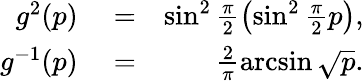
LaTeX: \begin{array}{rlr}{g^{2}(p)}&{{}=}&{\sin^{2}\frac{\pi}{2}\left(\sin^{2}\frac{\pi}{2}p\right),}\\ {g^{-1}(p)}&{{}=}&{\frac{2}{\pi}\arcsin\sqrt{p}.}\end{array}